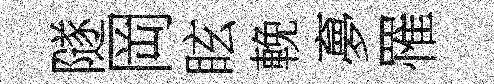
隧岡眩輓夣罹